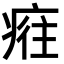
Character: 𤷮